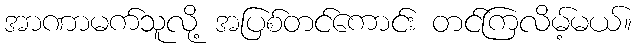
အာဏာမက်သူလို့ အပြစ်တင်ကောင်း တင်ကြလိမ့်မယ်။